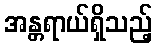
အန္တရာယ်ရှိသည့်